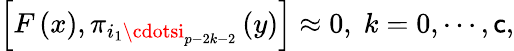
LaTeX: \left[F\left(x\right),\pi_{i_{1}\cdotsi_{p-2k-2}}\left(y\right)\right]\approx0,\; k=0,\cdots,\mathsf{c},